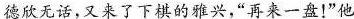
德欣无话，又来了下棋的雅兴，“再来一盘!”他